Plague in India, 1896, 1897 - Volume 1
Year: 1896
Disease focus: Plague
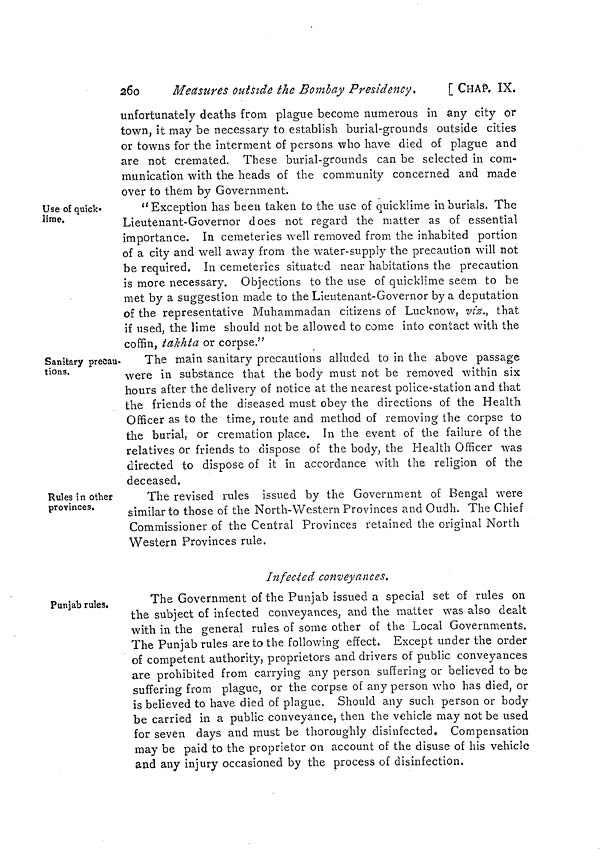
26o
Measures outside the Bombay Presidency
[ CHAp. IX.
unfortunately deaths from plague become numerous in any city or
town, it may be necessary to establish burial-grounds outside cities
or towns for the interment of persons who have died of plague and
are not cremated. These burial-grounds can be selected in com-
munication with the heads of the community concerned and made
over to them by Government.
Use of quick-
lime.
"Exception has been taken to the use of quicklime in burials. The
Lieutenant-Governor does not regard the matter as of essential
importance. In cemeteries well removed from the inhabited portion
of a city and well away from the water-supply the precaution will not
be required. In cemeteries situated near habitations the precaution
is more necessary. Objections to the use of quicklime seem to be
met by a suggestion made to the Lieutenant-Governor by a deputation
of the representative Muhammadan citizens of Lucknow, vtz., that
if used, the lime should not be allowed to come into contact with the
coffin, takhta or corpse."
Sanitary preeau-
tions.
The mam sanitary precautions alluded to in the above passage
were in substance that the body must not be removed within six
hours after the delivery of notice at the nearest police-station and that
the friends of the diseased must obey the directions of the Health
Officer as to the time, route and method of removing the corpse to
the burial, or cremation place. In the event of the failure of the
relatives or friends to dispose of the body, the Health Officer was
directed to dispose of it in accordance with the religion of the
deceased.
Rules in other
provinces.
The revised rules issued by the Government of Bengal were
similar to those of the North-Western Provinces and Oudh. The Chief
Commissioner of the Central Provinces retained the original North
Western Provinces rule.
Infected conveyances.
Punjab rules.
The Government of the Punjab issued a special set of rules on
the subject of infected conveyances, and the matter was also dealt
with in the general rules of some other of the Local Governments.
The Punjab rules are to the following effect. Except under the order
of competent authority, proprietors and drivers of public conveyances
are prohibited from carrying any person suffering or believed to be
suffering from plague, or the corpse of any person who has died, or
is believed to have died of plague. Should any such person or body
be carried in a public conveyance, then the vehicle may not be used
for seven days and must be thoroughly disinfected. Compensation
may be paid to the proprietor on account of the disuse of his vehicle
and any injury occasioned by the process of disinfection.